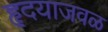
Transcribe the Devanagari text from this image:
हृदयाजवळ